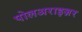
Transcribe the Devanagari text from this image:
पोलअराइज़र